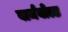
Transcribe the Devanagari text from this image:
वार्मबोल्ड